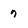
Character: 7